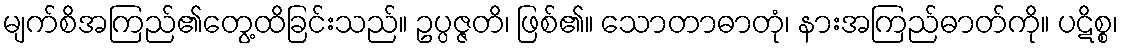
မျက်စိအကြည်၏တွေ့ထိခြင်းသည်။ ဥပ္ပဇ္ဇတိ၊ ဖြစ်၏။ သောတာဓာတုံ၊ နားအကြည်ဓာတ်ကို။ ပဋိစ္စ၊